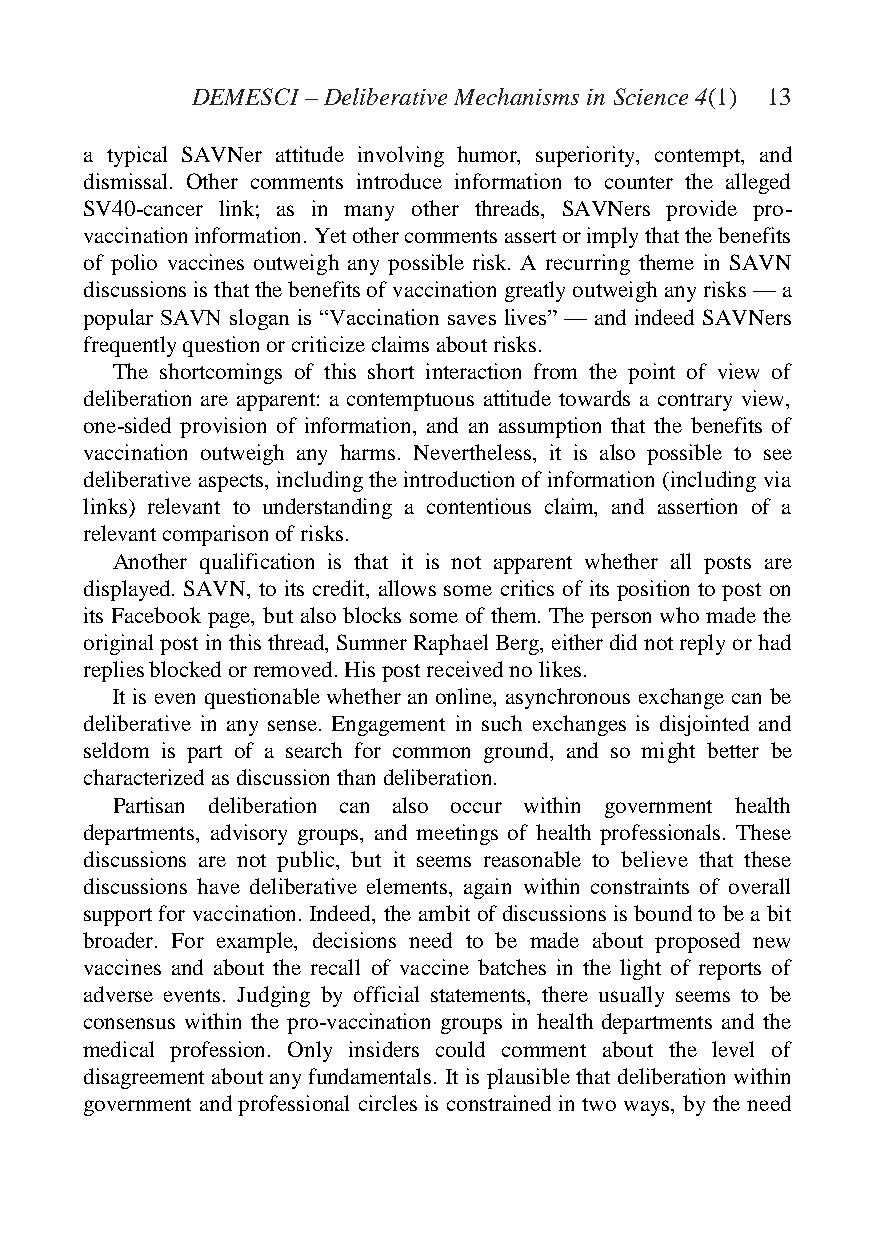
DEMESCI – Deliberative Mechanisms in Science 4(1) 13
 a typical SAVNer attitude involving humor, superiority, contempt, and
 dismissal. Other comments introduce information to counter the alleged
 SV40-cancer link; as in many other threads, SAVNers provide pro-
 vaccination information. Yet other comments assert or imply that the benefits
 of polio vaccines outweigh any possible risk. A recurring theme in SAVN
 discussions is that the benefits of vaccination greatly outweigh any risks — a
 popular SAVN slogan is “Vaccination saves lives” — and indeed SAVNers
 frequently question or criticize claims about risks.
 The shortcomings of this short interaction from the point of view of
 deliberation are apparent: a contemptuous attitude towards a contrary view,
 one-sided provision of information, and an assumption that the benefits of
 vaccination outweigh any harms. Nevertheless, it is also possible to see
 deliberative aspects, including the introduction of information (including via
 links) relevant to understanding a contentious claim, and assertion of a
 relevant comparison of risks.
 Another qualification is that it is not apparent whether all posts are
 displayed. SAVN, to its credit, allows some critics of its position to post on
 its Facebook page, but also blocks some of them. The person who made the
 original post in this thread, Sumner Raphael Berg, either did not reply or had
 replies blocked or removed. His post received no likes.
 It is even questionable whether an online, asynchronous exchange can be
 deliberative in any sense. Engagement in such exchanges is disjointed and
 seldom is part of a search for common ground, and so might better be
 characterized as discussion than deliberation.
 Partisan deliberation can also occur within government health
 departments, advisory groups, and meetings of health professionals. These
 discussions are not public, but it seems reasonable to believe that these
 discussions have deliberative elements, again within constraints of overall
 support for vaccination. Indeed, the ambit of discussions is bound to be a bit
 broader. For example, decisions need to be made about proposed new
 vaccines and about the recall of vaccine batches in the light of reports of
 adverse events. Judging by official statements, there usually seems to be
 consensus within the pro-vaccination groups in health departments and the
 medical profession. Only insiders could comment about the level of
 disagreement about any fundamentals. It is plausible that deliberation within
 government and professional circles is constrained in two ways, by the need